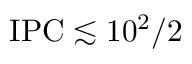
\mathrm { I P C } \lesssim 1 0 ^ { 2 } / 2